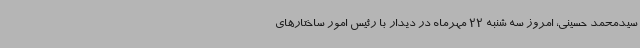
سیدمحمد حسینی، امروز سه شنبه 22 مهرماه در دیدار با رئیس امور ساختارهای